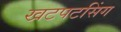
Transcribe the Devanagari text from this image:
खटपटसिंग